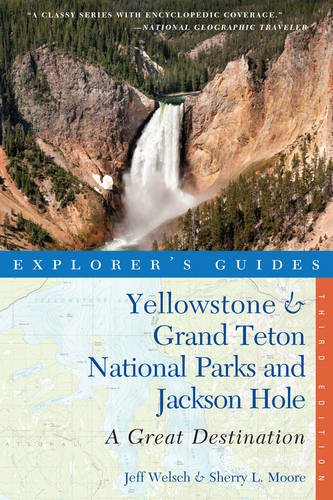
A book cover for Explorer's Guide Yellowstone & Grand Teton National Parks and Jackson Hole: A Great Destination (Third Edition)  (Explorer's Great Destinations); Sherry L. Moore; Travel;